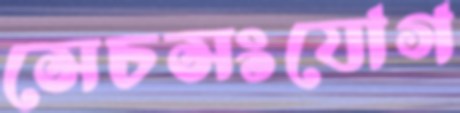
সেচসংযোগ